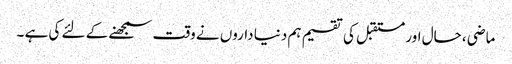
ماضی ، حال اور مستقبل کی تقسیم ہم دنیا داروں نے وقت سمجھنے کے لئے کی ہے ۔